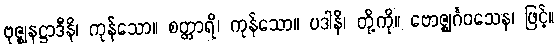
ဗုဇ္ဈနဋ္ဌာဒီနိ၊ ကုန်သော။ စတ္တာရိ၊ ကုန်သော။ ပဒါနိ၊ တို့ကို။ ဗောဇ္ဈင်္ဂဝသေန၊ ဖြင့်။